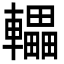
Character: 轠